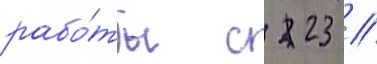
рабо́ты с 23 //